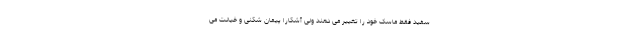
سفید فقط ماسک خود را تغییر می دهند ولی آشکارا پیمان شکنی و خیانت می